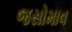
જસોમાવ